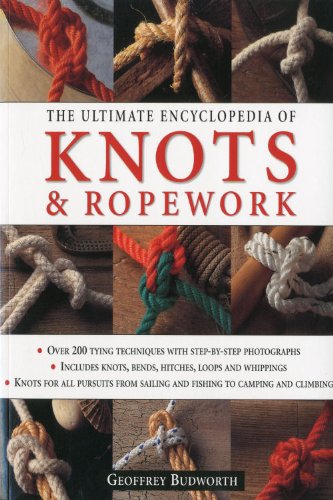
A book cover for The Ultimate Encyclopedia of Knots and Ropework: Over 200 Tying Techniques with Step-by-Step Photographs; Geoffrey Budworth; Reference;